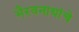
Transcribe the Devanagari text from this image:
भैरवनाथांचे